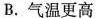
B.气温更高